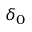
\delta _ { 0 }